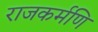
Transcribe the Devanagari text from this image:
राजकर्मणि